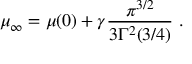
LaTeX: \mu _ { \infty } = \mu ( 0 ) + \gamma \frac { \pi ^ { 3 / 2 } } { 3 \Gamma ^ { 2 } ( 3 / 4 ) } \ .